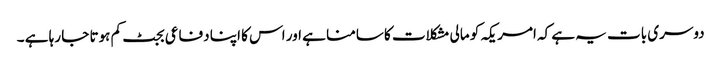
دوسری بات یہ ہے کہ امریکہ کو مالی مشکلات کا سامنا ہے اور اس کا اپنا دفاعی بجٹ کم ہوتا جا رہا ہے ۔